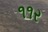
૧૧ર